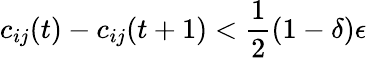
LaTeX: c_{ij}(t)-c_{ij}(t+1)<\frac{1}{2}(1-\delta)\epsilon